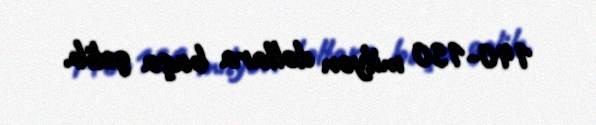
140-150 milyon dollara başa gəlib.